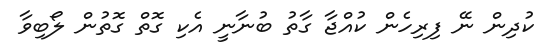
ކުދިން ނޭ ފިރިހެން ކުއްޖާ ގާތު ބުނާނީ އެކި ގޮތް ގޮތުން ލޯބިވާ